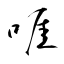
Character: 啀